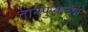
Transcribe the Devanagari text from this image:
तानपुऱ्याच्या